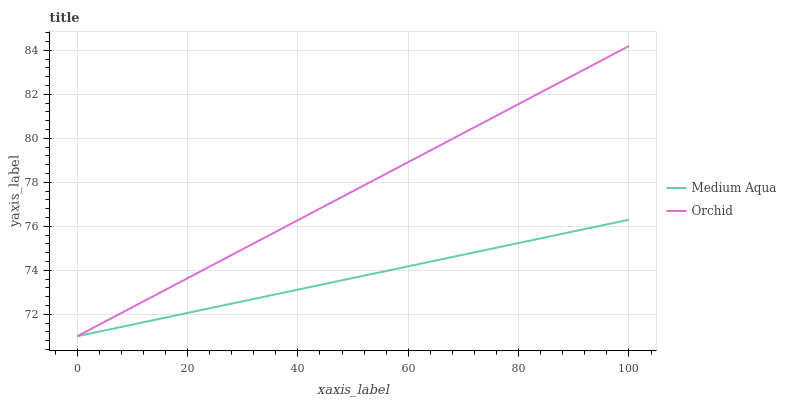
| xaxis_label | Medium Aqua | Orchid |
 | --- | --- | --- |
 | 0 | 71 | 71 |
 | 11.1 | 71.6 | 72.5 |
 | 22.2 | 72.2 | 73.9 |
 | 33.3 | 72.8 | 75.4 |
 | 44.4 | 73.4 | 76.9 |
 | 55.6 | 73.9 | 78.3 |
 | 66.7 | 74.5 | 79.8 |
 | 77.8 | 75.1 | 81.3 |
 | 88.9 | 75.7 | 82.7 |
 | 100 | 76.3 | 84.2 |